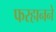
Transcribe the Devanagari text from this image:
फरहानने